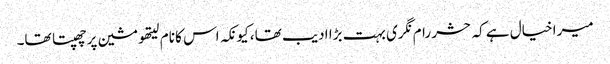
میرا خیال ہے کہ حشر رام نگری بہت بڑا ادیب تھا، کیونکہ اس کا نام لیتھو مشین پر چھپتا تھا۔